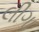
લીગા